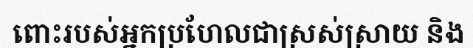
ពោះរបស់អ្នកប្រហែលជាស្រស់ស្រាយ និង